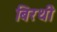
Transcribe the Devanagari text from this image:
बिरथी